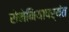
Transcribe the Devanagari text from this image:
रोमेनियापर्यंत